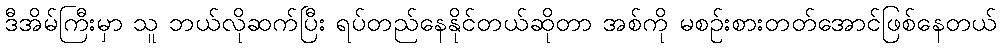
ဒီအိမ်ကြီးမှာ သူ ဘယ်လိုဆက်ပြီး ရပ်တည်နေနိုင်တယ်ဆိုတာ အစ်ကို မစဉ်းစားတတ်အောင်ဖြစ်နေတယ်